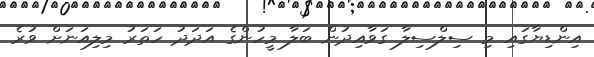
އިންޑިޔާގައި މި ސިލްސިލާ ގަވާއިދުން ބަލާ މީހުންގެ އަދަދު ހަތަރު މިލިއަނަށް ވުރެ